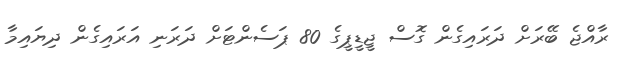
ރާއްޖެ ބޭރަށް ދަރައިގެން ގޮސް ޖީޑީޕީގެ 80 ޕަސެންޓަށް ދަރަނި އަރައިގެން ދިޔައިމާ